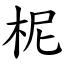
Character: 柅